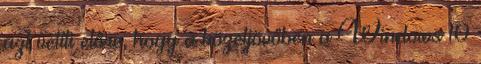
azt vetíti előre, hogy a közeljövőben a Windows 10